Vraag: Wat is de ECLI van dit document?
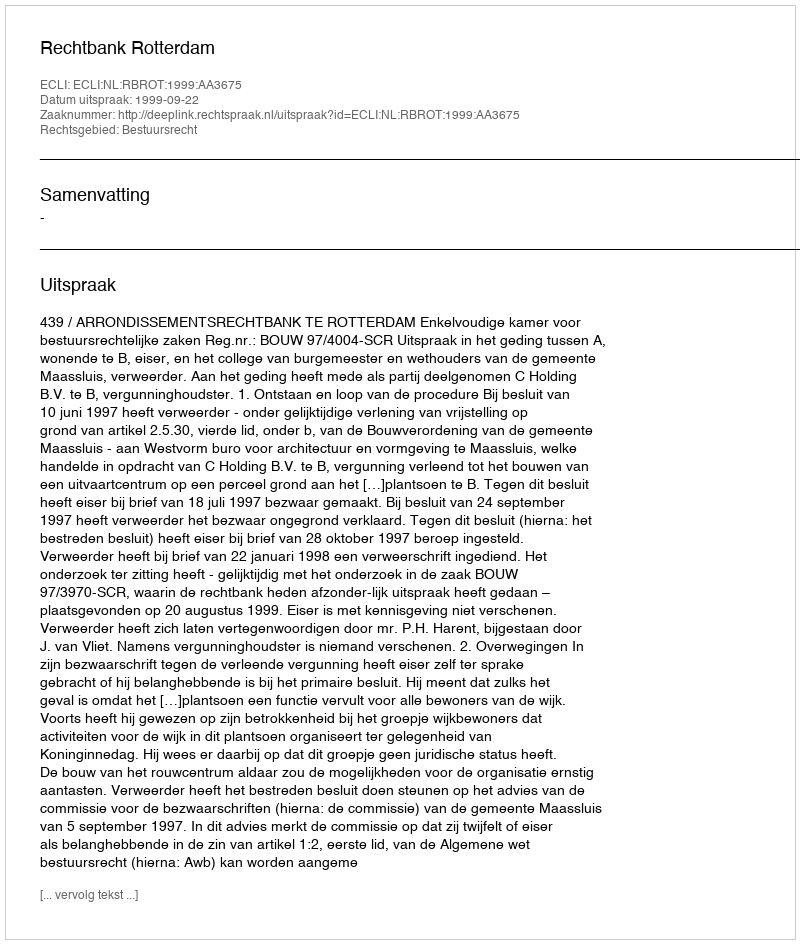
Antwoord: ECLI:NL:RBROT:1999:AA3675